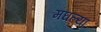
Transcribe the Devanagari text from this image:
मघल्या